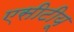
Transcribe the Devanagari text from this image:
एसीटीयू